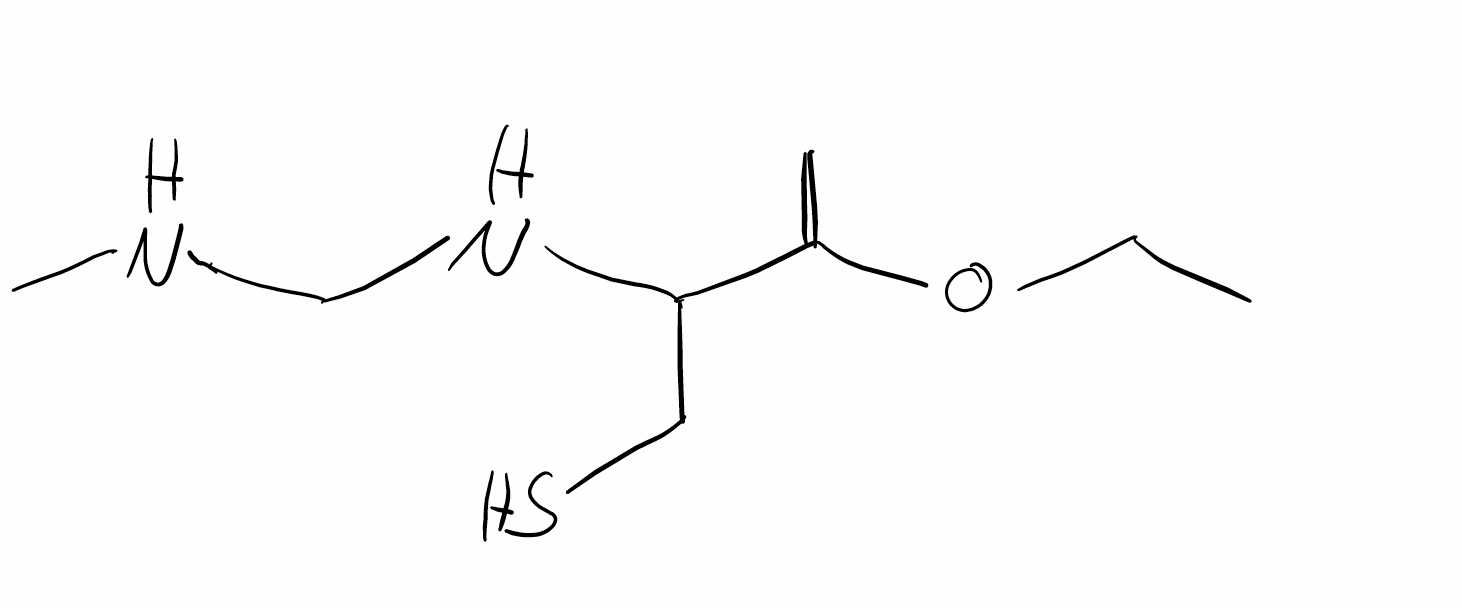
Simplified molecular-input line-entry system (SMILES) notation of the given molecule:
CCOC(=C)C(CS)NCNC